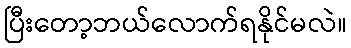
ပြီးတော့ဘယ်လောက်ရနိုင်မလဲ။